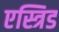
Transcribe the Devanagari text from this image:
एस्त्रिड